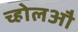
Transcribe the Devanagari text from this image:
च्होलऔ